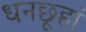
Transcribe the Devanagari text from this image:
धनछूहां